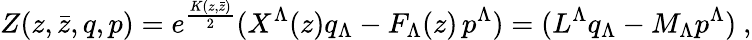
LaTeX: Z(z,\bar{z},q,p)=e^{\frac{K(z,\bar{z})}{2}}(X^{\Lambda}(z)q_{\Lambda}-F_{\Lambda}(z)\, p^{\Lambda})=(L^{\Lambda}q_{\Lambda}-M_{\Lambda}p^{\Lambda})\ ,